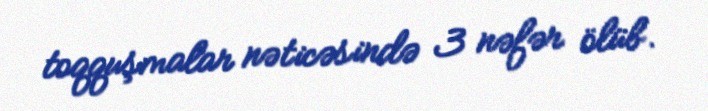
toqquşmalar nəticəsində 3 nəfər ölüb.